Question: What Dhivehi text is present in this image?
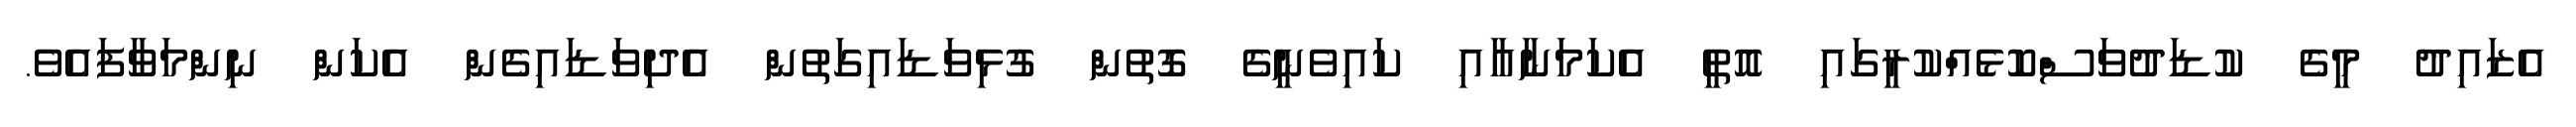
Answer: އެޒައިދު މީގެ ކުޑަދުވަސްކޮޅެއްކުރީގައި އޮތީ އެކަމަނާއާއި ކައިވެނީގެ ގޮތުން ގުޅިވަޑައިގަތުން އެދިވަޑައިގެން އެކަން ނިންމަވާފައެވެ.